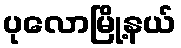
ပုလောမြို့နယ်